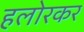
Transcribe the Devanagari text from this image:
हलोरकर